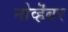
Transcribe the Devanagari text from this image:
नोव्हॆंबर